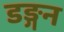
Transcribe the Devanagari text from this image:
डङ्गन